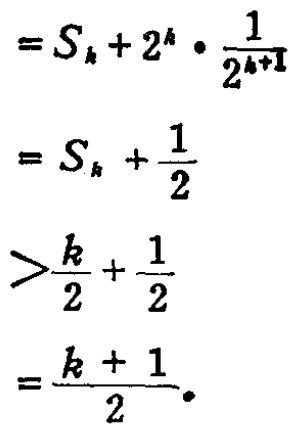
\[
\begin{align*}
&=S_{k}+2^{k}\cdot\frac{1}{2^{k + 1}}\\
&=S_{k}+\frac{1}{2}\\
&>\frac{k}{2}+\frac{1}{2}\\
&=\frac{k + 1}{2}.
\end{align*}
\]